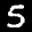
Label: 5